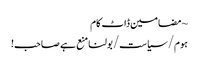
~ مضامین ڈاٹ کام
ہوم/سیاست/بولنا منع ہے صاحب!